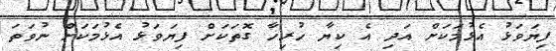
ފިޔަވަޅު އެޅުމަކަށް އަދި އެ ކިޔާ ހުރިހާ ގޮތަކަށް ފިޔަވަޅު އެޅުމަކަށް ނުވަތަ